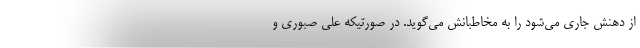
از دهنش جاری می‌شود را به مخاطبانش می‌گوید. در صورتیکه علی صبوری و